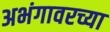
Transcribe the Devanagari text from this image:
अभंगावरच्या